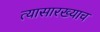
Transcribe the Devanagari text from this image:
त्यासारख्याच